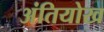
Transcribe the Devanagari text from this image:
अंतियोख